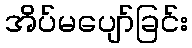
အိပ်မပျော်ခြင်း